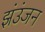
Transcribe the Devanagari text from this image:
झंउंजन